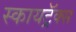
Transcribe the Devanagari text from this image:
स्कायट्रॅक्स